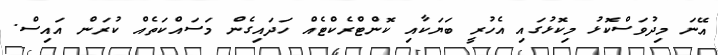
އޭނަ މިދުވަސްކޮޅު މިކޮޅުގައި އެހުރީ ބަޔަކާއި ކޮންޓްރެކްޓެއް ހަދައިގެން މަސައްކަތެއް ކުރަން އައިސް.